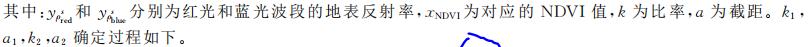
其中：$y_{\mathrm{red}}'$ 和 $y_{\mathrm{blue}}'$ 分别为红光和蓝光波段的地表反射率，$x_{\mathrm{NDVI}}$ 为对应的 NDVI 值，$k$ 为比率，$a$ 为截距。$k_1$，$a_1$，$k_2$，$a_2$ 确定过程如下。